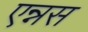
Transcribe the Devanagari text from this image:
एन्नस